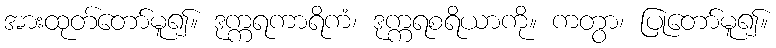
အားထုတ်တော်မူ၍။ ဒုက္ကရကာရိကံ၊ ဒုက္ကရစရိယာကို။ ကတွာ၊ ပြုတော်မူ၍။